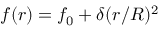
f ( r ) = f _ { 0 } + \delta ( r / R ) ^ { 2 }